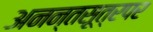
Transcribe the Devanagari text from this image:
अनन्तसूत्रपर